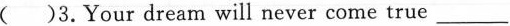
( )3.Your dream will never come true ___